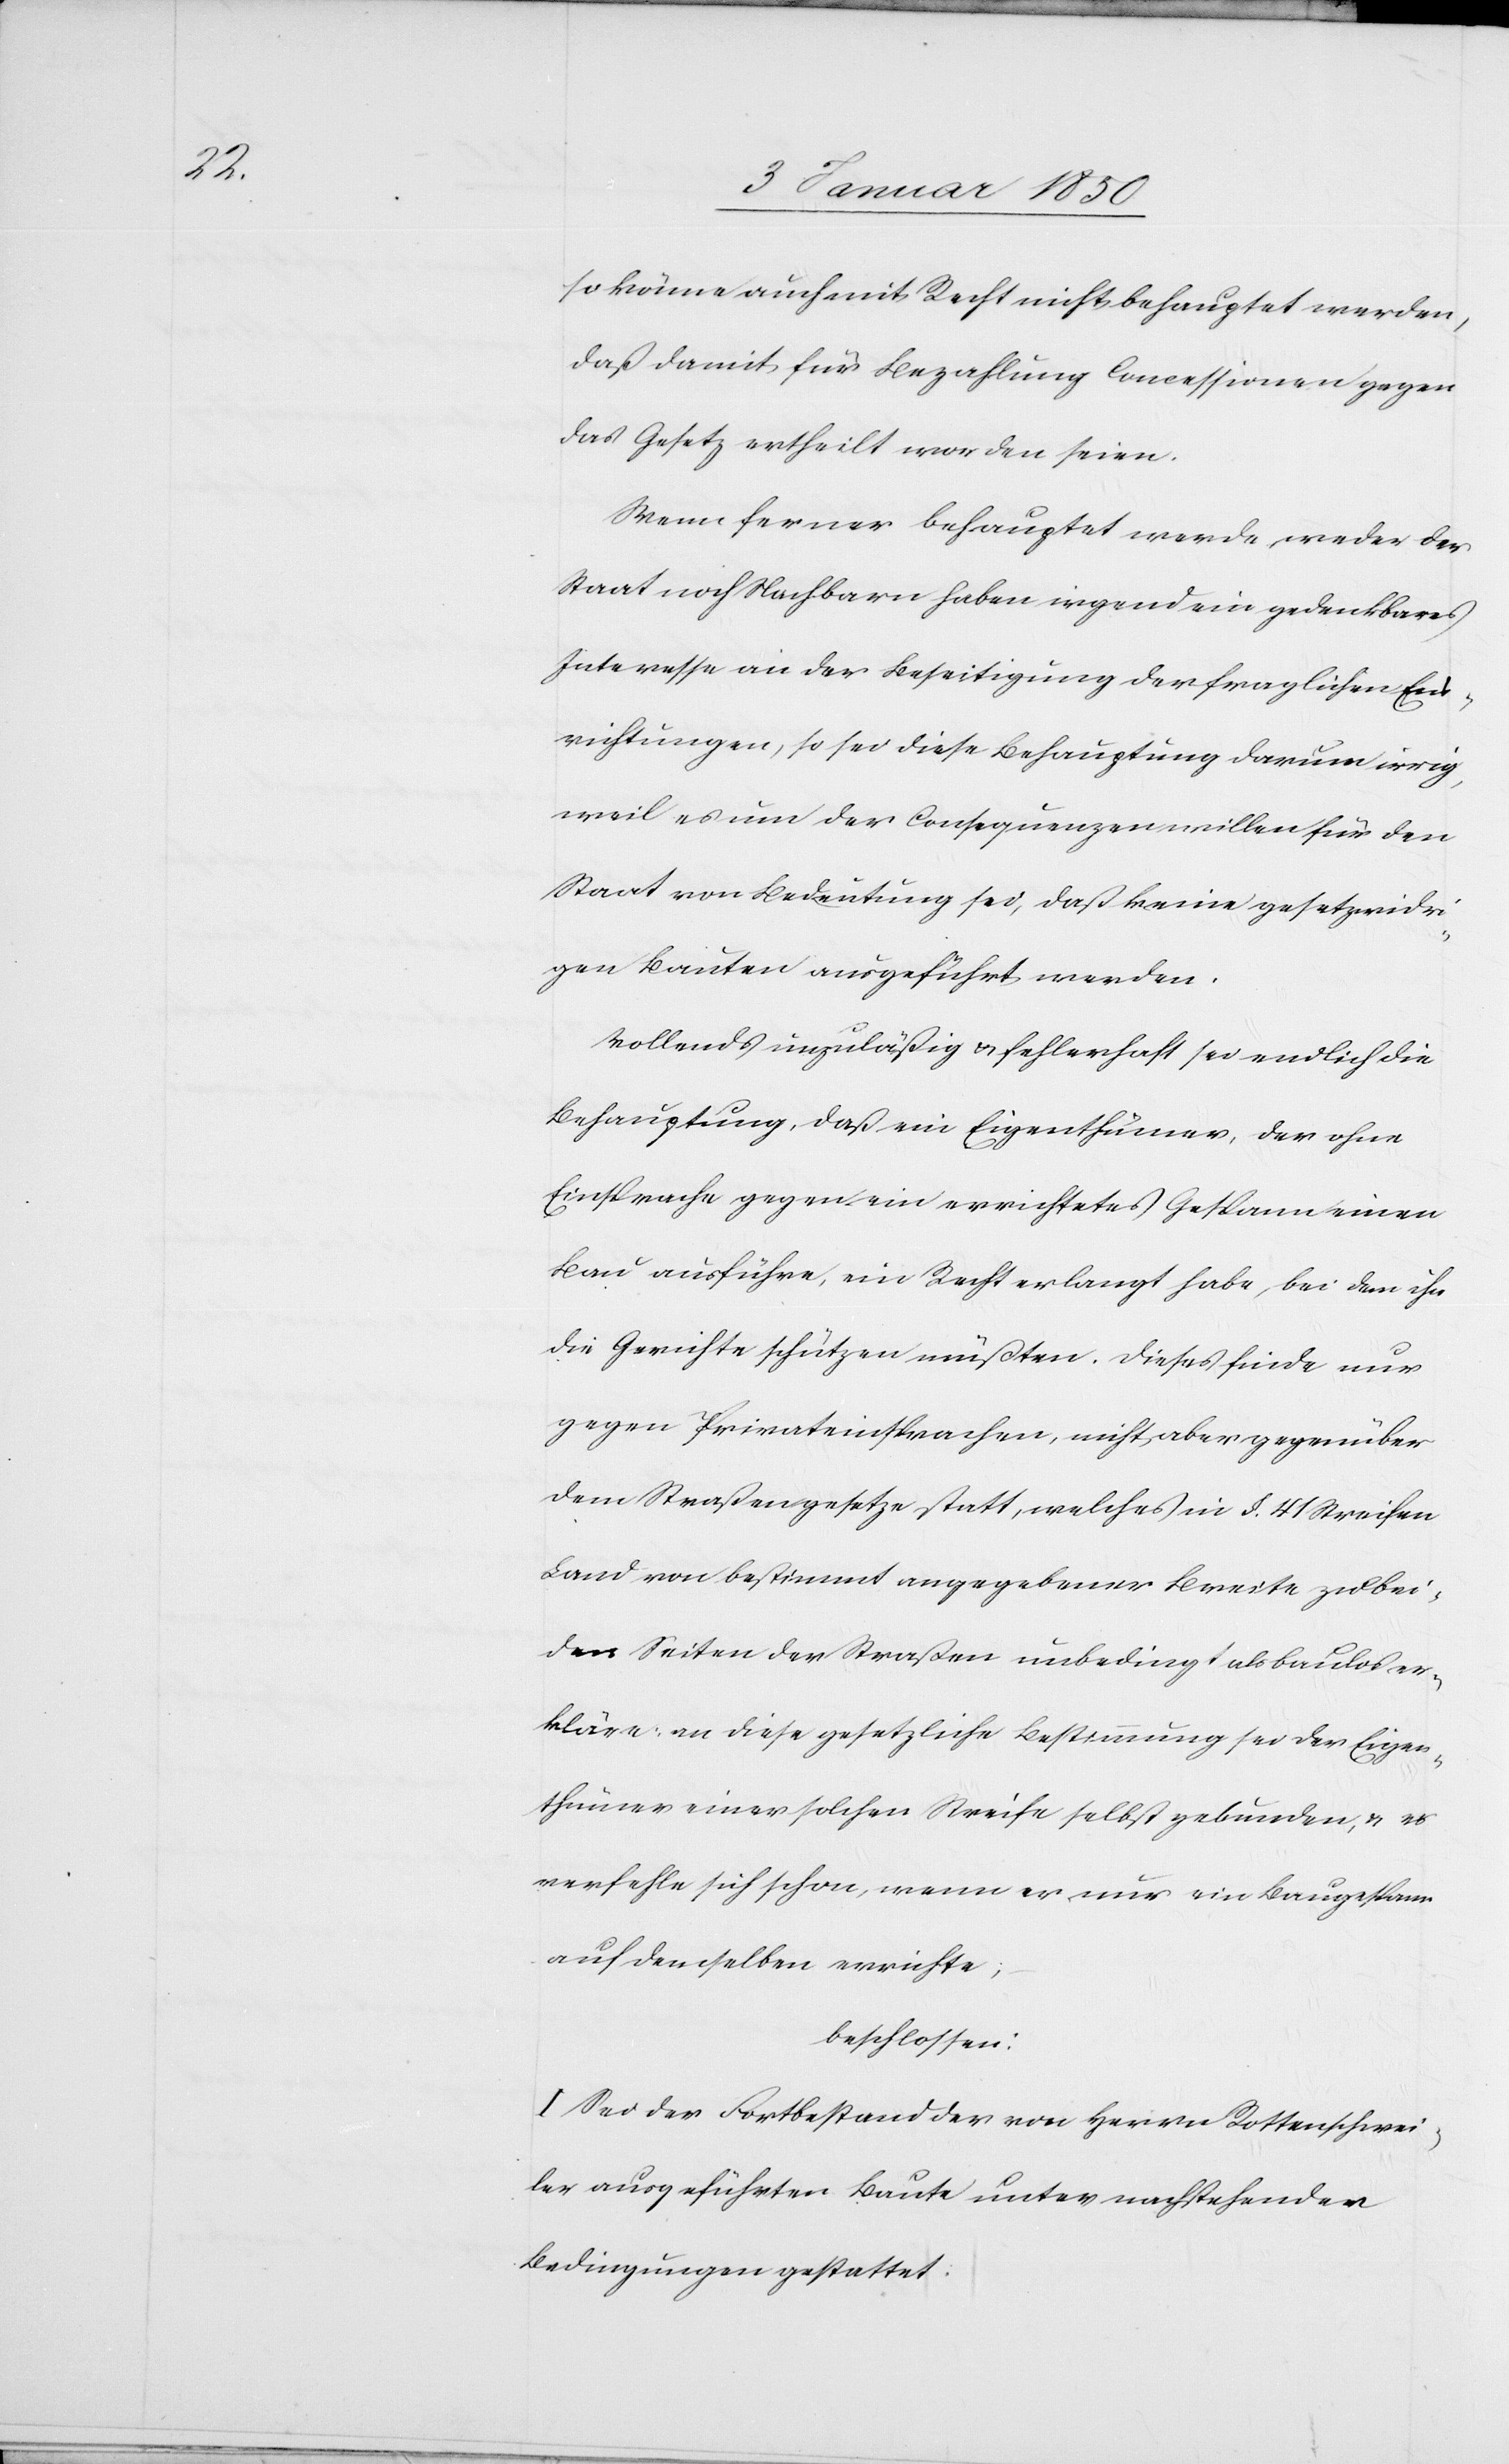
so könne auch mit Recht nicht behauptet werden,
daß damit für Bezahlung Concessionen gegen
das Gesetz ertheilt worden seien.
Wenn ferner behauptet werde, weder der
Staat noch Nachbarn haben irgend ein gedenkbares
Interesse an der Beseitigung der fraglichen Ein¬
richtungen, so sei diese Behauptung darum irrig,
weil es um der Consequenzen willen für den
Staat von Bedeutung sei, daß keine gesetzwidr¬
igen Bauten ausgeführt werden.
Vollends unzuläßig u. fehlerhaft sei endlich die
Behauptung, daß ein Eigenthümer, der ohne
Einsprache gegen ein errichtetes Gespann einen
Bau ausführe, ein Recht erlangt habe, bei dem ihn
die Gerichte schützen müßten. Dieses finde nur
gegen Privateinsprachen, nicht aber gegenüber
dem Straßengesetze statt, welches in §. 41 Streifen
Land von bestimmt angegebener Breite zu bei¬
den Seiten der Straßen unbedingt als baulos er¬
kläre; an diese gesetzliche Bestimmung sei der Eigen¬
thümer einer solchen Streife selbst gebunden, u. er
verfehle sich schon, wenn er nur ein Baugespann
auf denselben errichte;
beschlossen:
I Sei der Fortbestand der von Herrn Rottenschwei¬
ler ausgeführten Baute unter nachstehenden
Bedingungen gestattet: